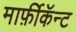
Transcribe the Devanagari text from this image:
मार्फ़ीकॅन्ट